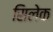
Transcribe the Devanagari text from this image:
सिलेक